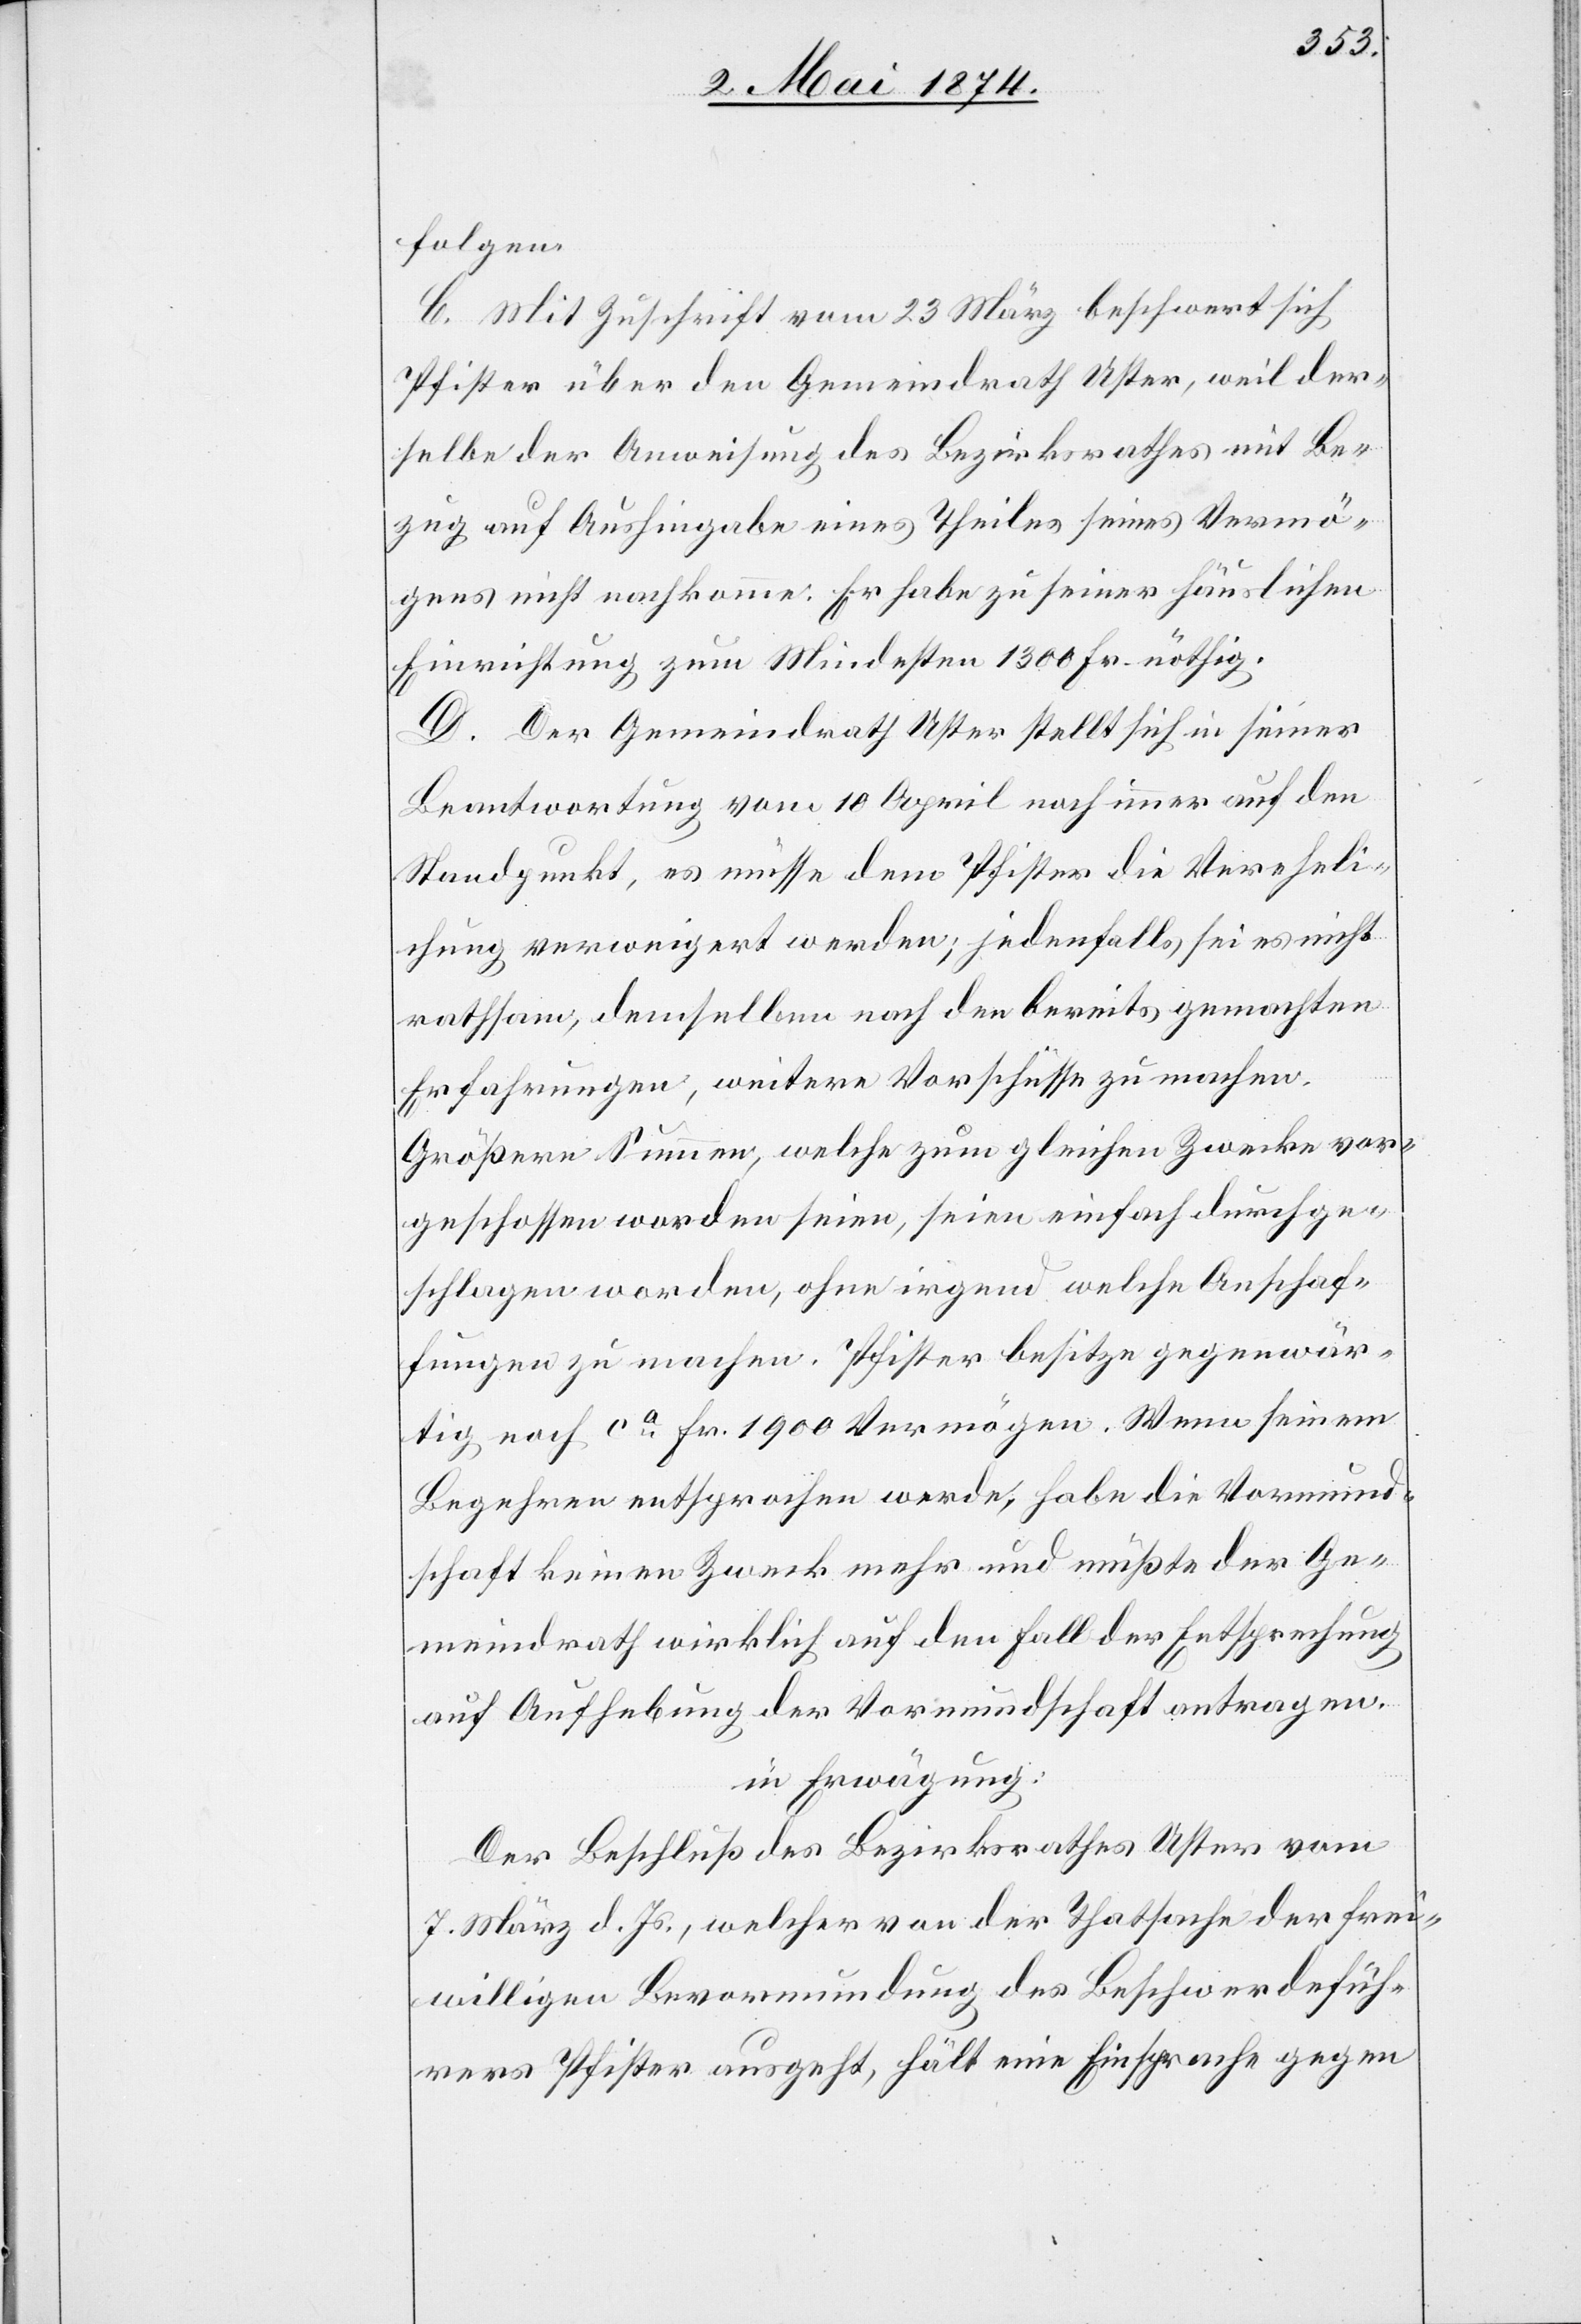
folgen.
C. Mit Zuschrift vom 23. März beschwert sich
Pfister über den Gemeindrath Uster, weil der¬
selbe der Anweisung des Bezirksrathes mit Be¬
zug auf Aushingabe eines Theiles seines Vermö¬
gens nicht nachkomme. Er habe zu seiner häuslichen
Einrichtung zum Mindesten 1300 Fr. nöthig.
D. Der Gemeindrath Uster stellt sich in seiner
Beantwortung vom 10. April noch immer auf den
Standpunkt, es müsse dem Pfister die Vereheli¬
chung verweigert werden; jedenfalls sei es nicht
rathsam, demselben nach den bereits gemachten
Erfahrungen, weitere Vorschüsse zu machen.
Größere Summen, welche zum gleichen Zwecke vor¬
geschossen worden seien, seien einfach durchge¬
schlagen worden, ohne irgend welche Anschaf¬
fungen zu machen. Pfister besitze gegenwär¬
tig noch ca Fr. 1900 Vermögen. Wenn seinem
Begehren entsprochen werde, habe die Vormund¬
schaft keinen Zweck mehr und müßte der Ge¬
meindrath wirklich auf den Fall der Entsprechung
auf Aufhebung der Vormundschaft antragen.
in Erwägung:
Der Beschluß des Bezirksrathes Uster vom
7. März d. Js., welcher von der Thatsache der frei¬
willigen Bevormundung des Beschwerdefüh¬
rers Pfister ausgeht, hält eine Einsprache gegen